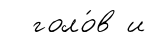
голо́в и